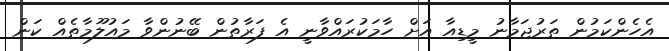
އެހެންކަމުން ތަރުޖަމާނު މީޑިއާ އަށް ހާމަކުރައްވާނީ އެ ފަރާތުން ބޭނުންވާ މައުލޫމާތެއް ކަން